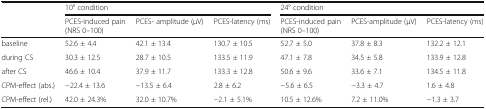
<table><thead><tr><td rowspan="2"></td><td colspan="3"><b>10° condition</b></td><td colspan="3"><b>24° condition</b></td></tr><tr><td><b>PCES-induced pain (NRS 0–100)</b></td><td><b>PCES- amplitude (μV)</b></td><td><b>PCES-latency (ms)</b></td><td><b>PCES-induced pain (NRS 0–100)</b></td><td><b>PCES-amplitude (μV)</b></td><td><b>PCES-latency (ms)</b></td></tr></thead><tbody><tr><td>baseline</td><td>52.6 ± 4.4</td><td>42.1 ± 13.4</td><td>130.7 ± 10.5</td><td>52.7 ± 5.0</td><td>37.8 ± 8.3</td><td>132.2 ± 12.1</td></tr><tr><td>during CS</td><td>30.3 ± 12.5</td><td>28.7 ± 10.5</td><td>133.5 ± 11.9</td><td>47.1 ± 7.8</td><td>34.5 ± 5.8</td><td>133.9 ± 12.8</td></tr><tr><td>after CS</td><td>46.6 ± 10.4</td><td>37.9 ± 11.7</td><td>133.3 ± 12.8</td><td>50.6 ± 9.6</td><td>33.6 ± 7.1</td><td>134.5 ± 11.8</td></tr><tr><td>CPM-effect (abs.)</td><td>−22.4 ± 13.6</td><td>−13.5 ± 6.4</td><td>2.8 ± 6.2</td><td>−5.6 ± 6.5</td><td>−3.3 ± 4.7</td><td>1.6 ± 4.8</td></tr><tr><td>CPM-effect (rel.)</td><td>42.0 ± 24.3%</td><td>32.0 ± 10.7%</td><td>−2.1 ± 5.1%</td><td>10.5 ± 12.6%</td><td>7.2 ± 11.0%</td><td>−1.3 ± 3.7</td></tr></tbody></table>